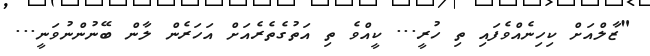
"ޒާލްއަށް ކިހިނެއްވެފައި ތި ހުރީ... ކީއްވެ ތި އަތުގެތެރެއަށް އަހަރެން ލާން ބޭނުންނުވަނީ...